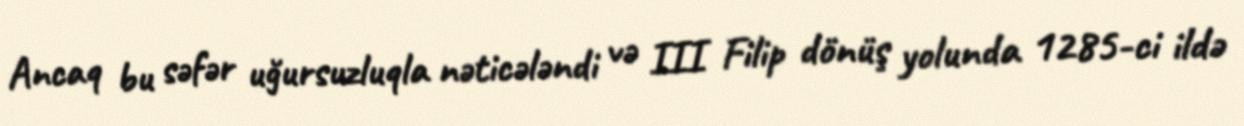
Ancaq bu səfər uğursuzluqla nəticələndi və III Filip dönüş yolunda 1285-ci ildə